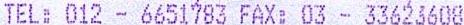
TEL: 012 - 6651783 FAX: 03 - 33623608